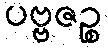
ပဗ္ဗဇဉ္စ